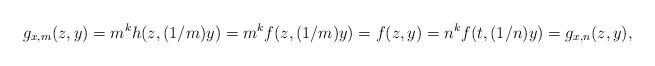
LaTeX: \begin{align*}g_{x,m}(z,y)=m^kh(z,(1/m)y)=m^kf(z,(1/m)y)=f(z,y)=n^kf(t,(1/n)y)=g_{x,n}(z,y),\end{align*}